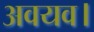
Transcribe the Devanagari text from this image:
अवयव।